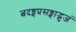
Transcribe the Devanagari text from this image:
त्वदङ्गप्रसङ्गाद्भुजं